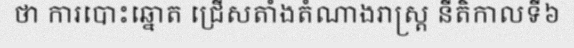
ថា ការបោះឆ្នោត ជ្រើសតាំងតំណាងរាស្ត្រ នីតិកាលទី៦